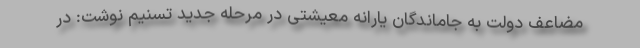
مضاعف دولت به جاماندگان یارانه معیشتی در مرحله جدید تسنیم نوشت: در